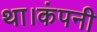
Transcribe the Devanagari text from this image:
था।कंपनी